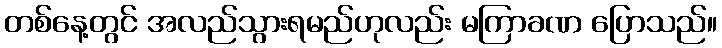
တစ်နေ့တွင် အလည်သွားရမည်ဟုလည်း မကြာခဏ ပြောသည်။